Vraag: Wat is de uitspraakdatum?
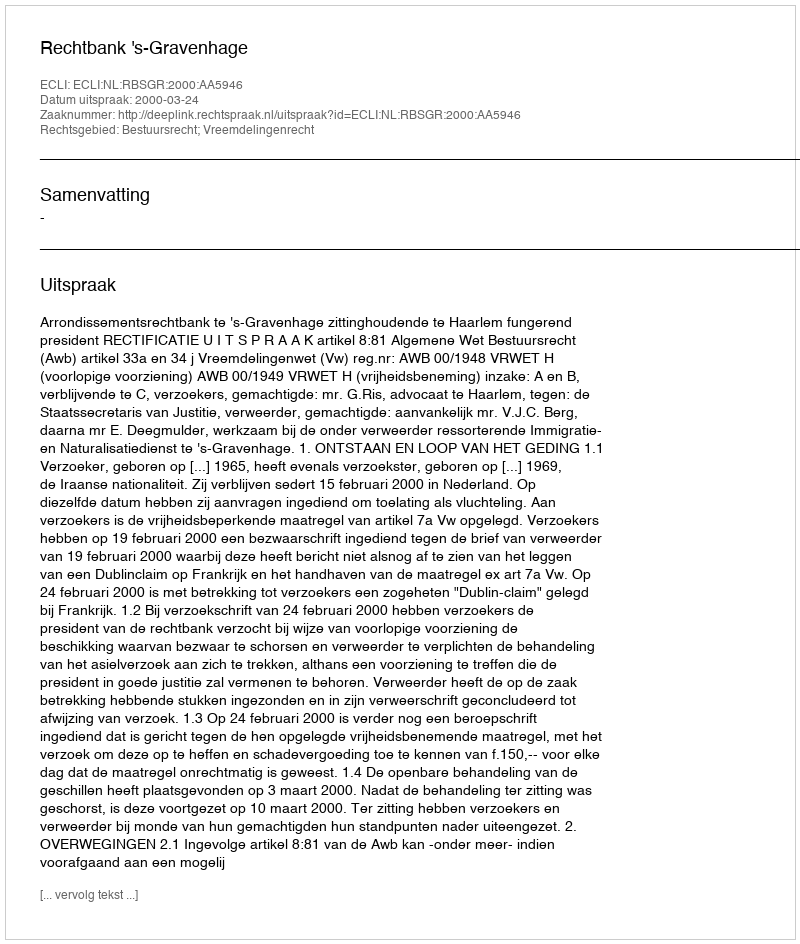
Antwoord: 2000-03-24